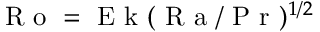
\textrm { R o } = \textrm { E k } ( \textrm { R a } / \textrm { P r } ) ^ { 1 / 2 }